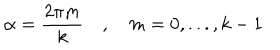
LaTeX: \alpha = \frac { 2 \pi m } { k } \quad , \quad m = 0 , . . . , k - 1